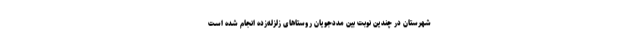
شهرستان در چندین نوبت بین مددجویان روستاهای زلزله‌زده انجام شده است